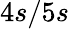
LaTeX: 4s/5s